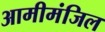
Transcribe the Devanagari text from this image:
आमीमंजिल